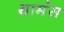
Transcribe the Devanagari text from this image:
थामंस